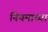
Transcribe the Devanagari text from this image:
नियमाच्या